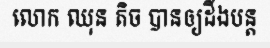
លោក ឈុន តិច បានឲ្យដឹងបន្ត